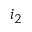
i _ { 2 }